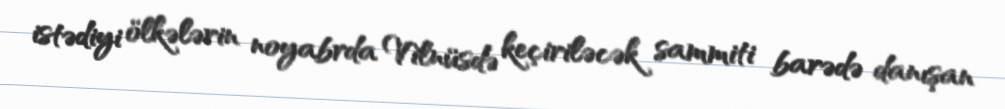
istədiyi ölkələrin noyabrda Vilnüsdə keçiriləcək sammiti barədə danışan